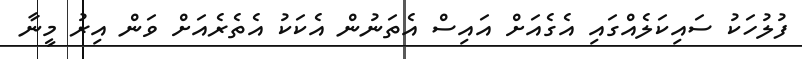
ފުލުހަކު ސައިކަލެއްގައި އެގެއަށް އައިސް އެތަނުން އެކަކު އެތެރެއަށް ވަން އިރު މީނާ